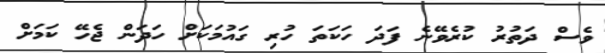
ވެސް ދަތުރު ކުރެވޭނެ ފަދަ ހަކަތަ ހުރި ގައުމަކަށް ހަދަން ޖެހޭ ކަމަށް